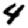
Digit: 4